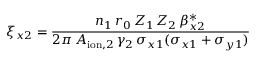
\xi _ { x 2 } = \frac { n _ { 1 } \, r _ { 0 } \, Z _ { 1 } \, Z _ { 2 } \, \beta _ { x 2 } ^ { * } } { 2 \pi \, A _ { \mathrm { i o n } , 2 } \, \gamma _ { 2 } \, \sigma _ { x 1 } ( \sigma _ { x 1 } + \sigma _ { y 1 } ) }